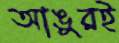
আঙুরই